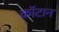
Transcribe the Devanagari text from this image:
कॉटान